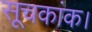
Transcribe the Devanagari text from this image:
सूचकांक।